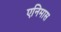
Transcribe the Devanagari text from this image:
एनिमास